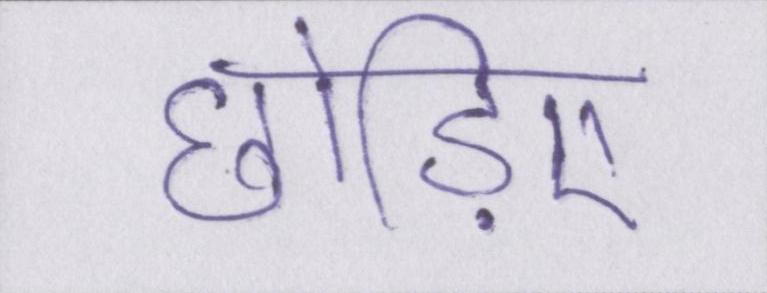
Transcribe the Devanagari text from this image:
छोड़िए